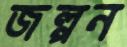
জল্পন